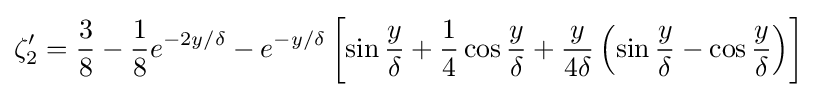
\zeta _{2}'={\frac {3}{8}}-{\frac {1}{8}}e^{-2y/\delta }-e^{-y/\delta }\left[\sin {\frac {y}{\delta }}+{\frac {1}{4}}\cos {\frac {y}{\delta }}+{\frac {y}{4\delta }}\left(\sin {\frac {y}{\delta }}-\cos {\frac {y}{\delta }}\right)\right]